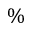
\%